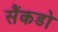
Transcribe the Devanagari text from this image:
सैंकडो